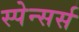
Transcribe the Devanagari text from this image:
स्पेन्सर्स